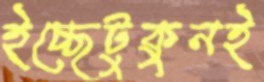
ইচ্ছেটুকুনই